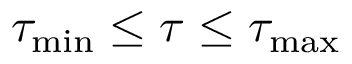
\tau _ { \mathrm { m i n } } \le \tau \le \tau _ { \mathrm { m a x } }